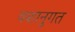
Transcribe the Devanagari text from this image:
वशानुगत